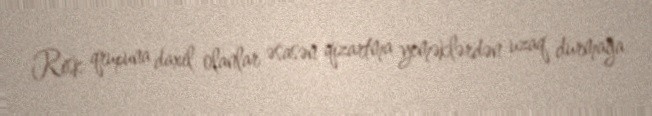
Risk qrupuna daxil olanlar əsasən qızartma yeməklərdən uzaq durmağa